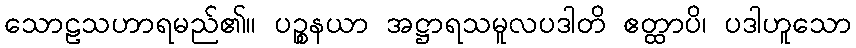
သောဠသဟာရမည်၏။ ပဉ္စနယာ အဋ္ဌာရသမူလပဒါတိ ဧတ္ထာပိ၊ ပဒါဟူသော